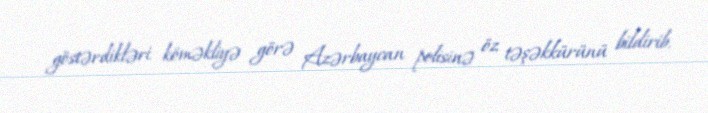
göstərdikləri köməkliyə görə Azərbaycan polisinə öz təşəkkürünü bildirib.